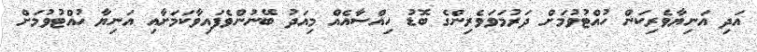
އަދި އަނިޔާވެރިކަން ހުއްޓުވުމަށް ދަރުމަވަވެރިންގެ ބޮޑު ހިއްސާއެއް މިއަދު ބޭނުންވެފައިވާކަމަށާއި އަނިޔާ ހުއްޓުވުމަށް